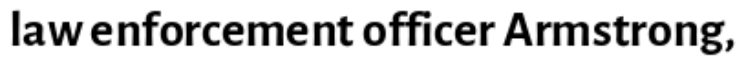
law enforcement officer Armstrong,